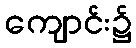
ကျောင်း၌